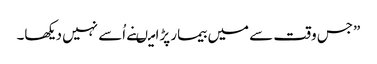
”جس وقت سے میں بیمار پڑا میںنے اُسے نہیں دیکھا۔